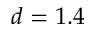
d = 1 . 4